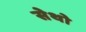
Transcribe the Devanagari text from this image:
सेथो